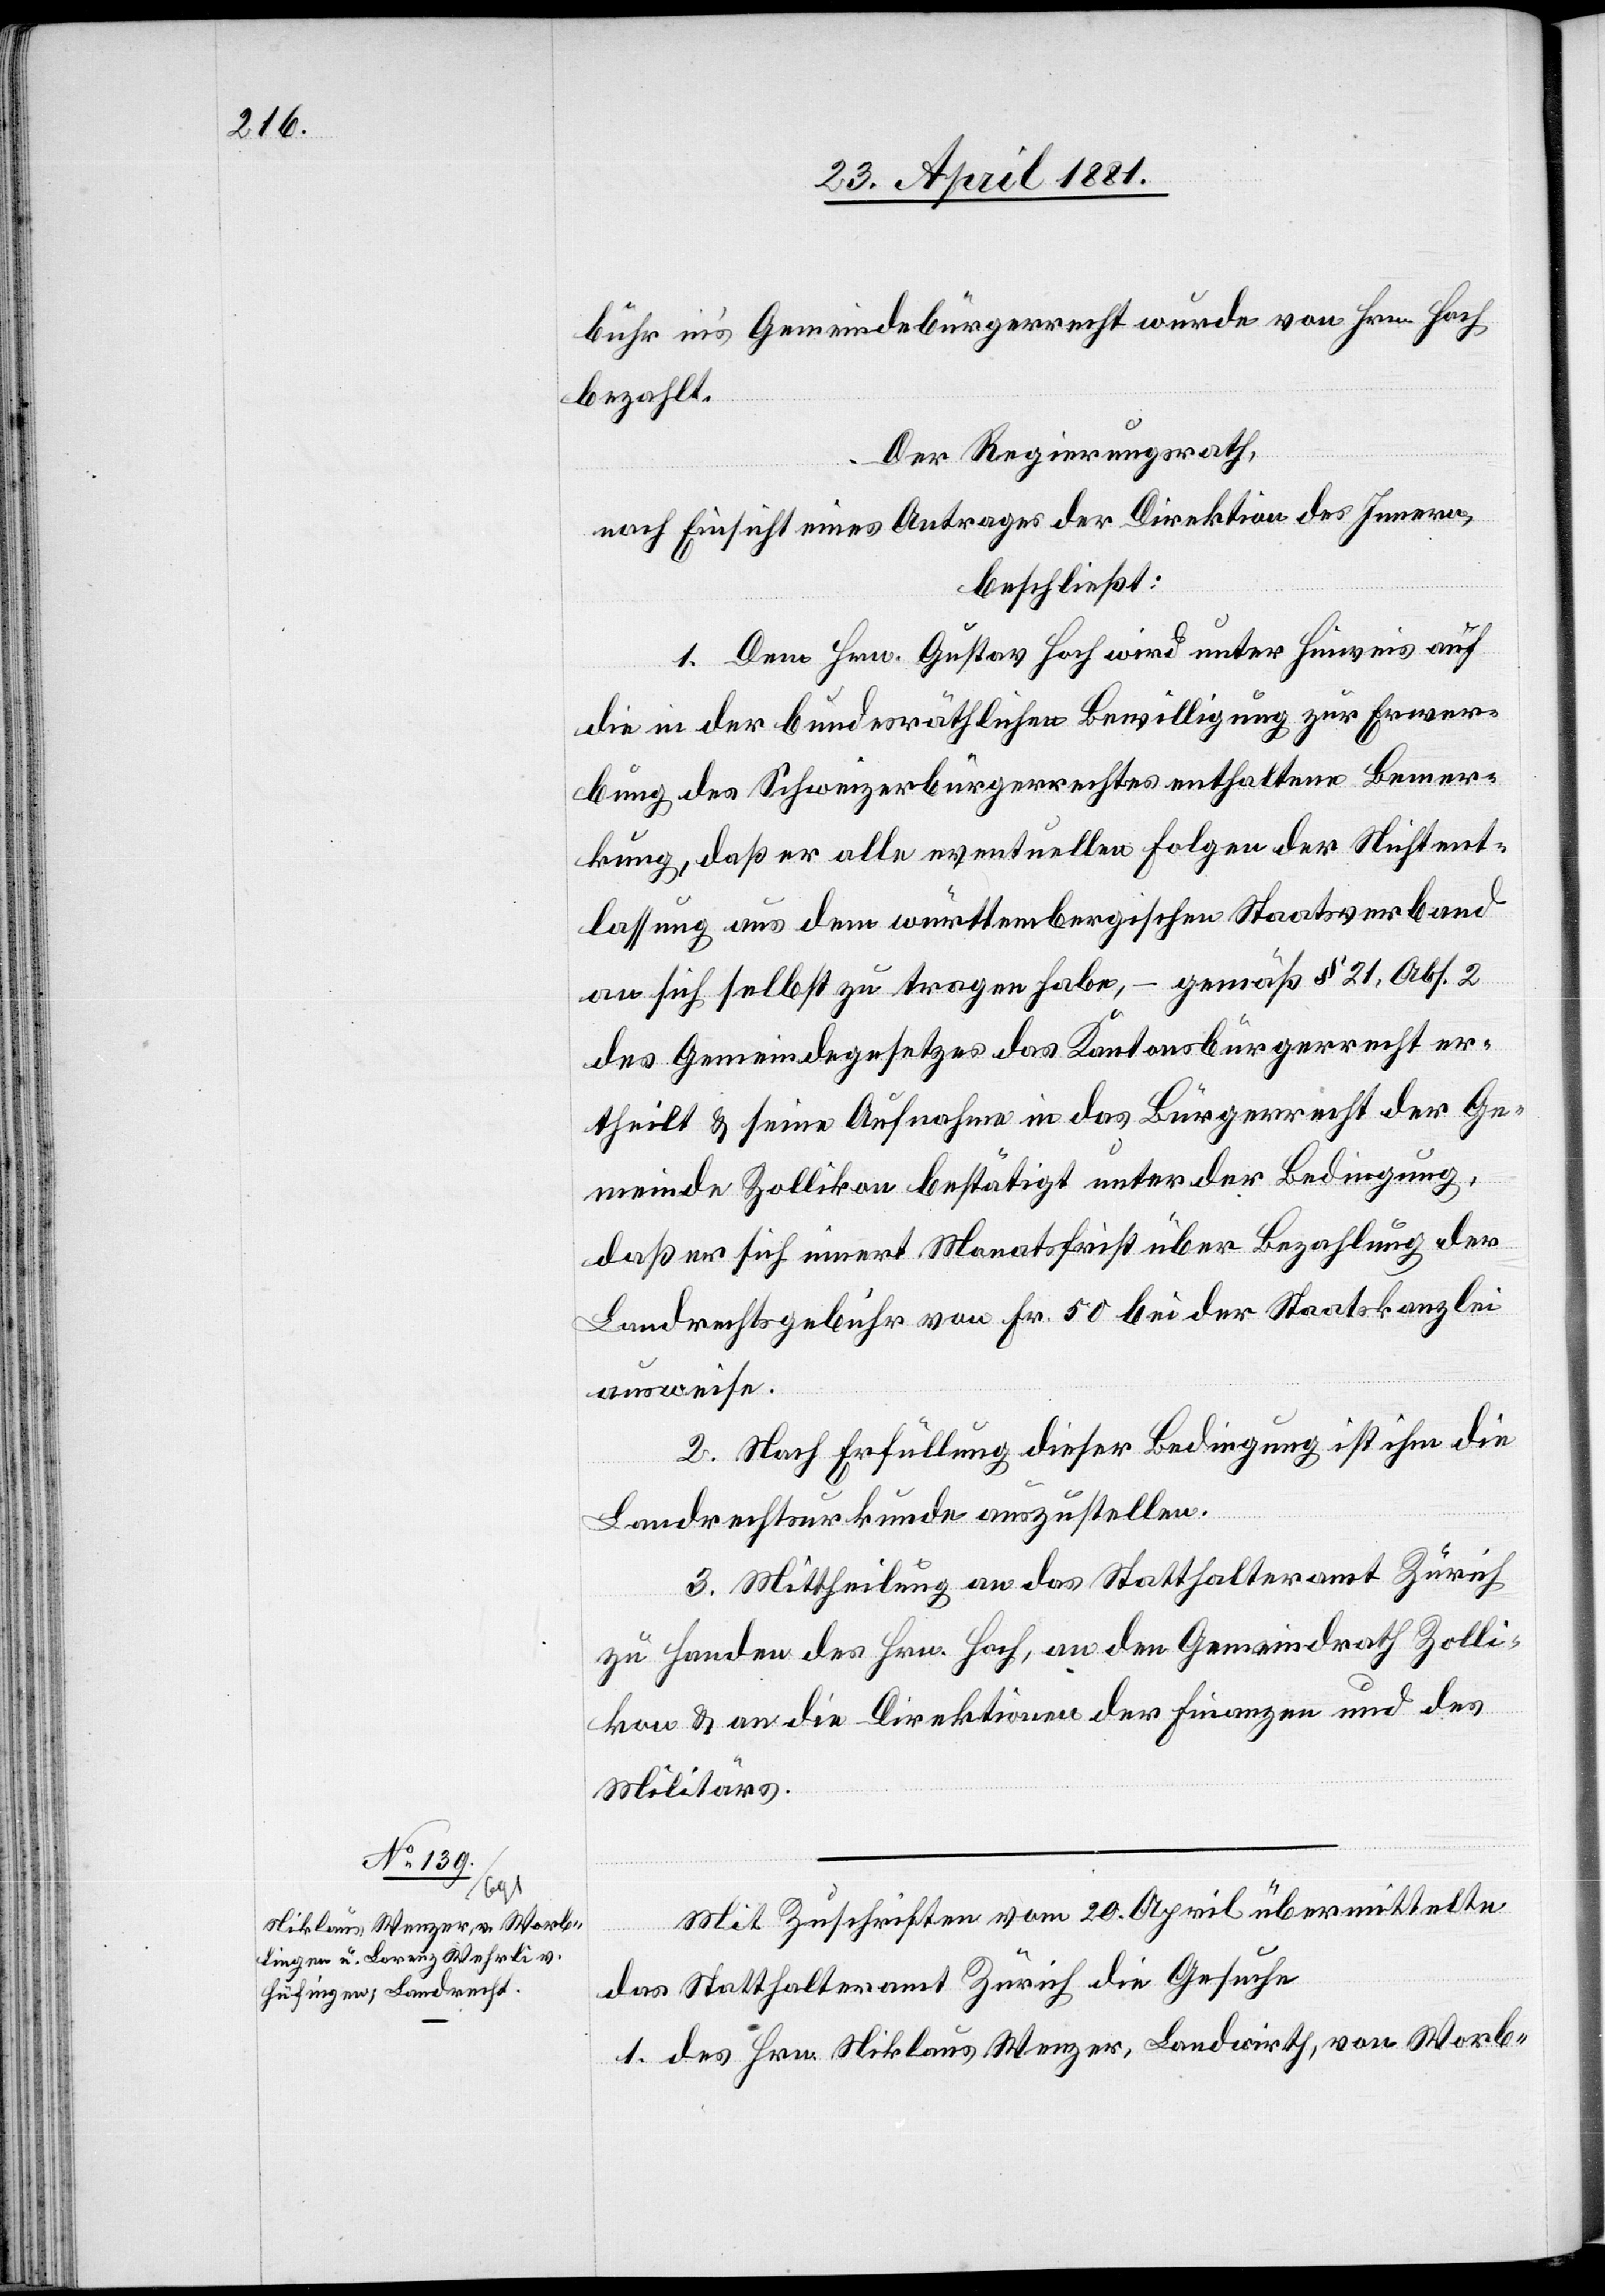
bühr ins Gemeindebürgerrecht wurde von Hrn. Hoch
bezahlt.
Der Regierungsrath,
nach Einsicht eines Antrages der Direktion des Innern,
beschließt:
1. Dem Hrn. Gustav Hoch wird unter Hinweis auf
die in der bundesräthlichen Bewilligung zur Erwer¬
bung des Schweizerbürgerrechtes enthaltene Bemer¬
kung, daß er alle eventuellen Folgen der Nichtent¬
lassung aus dem württembergischen Staatsverbund
an sich selbst zu tragen habe, – gemäß § 21, Abs. 2
des Gemeindegesetzes das Kantonsbürgerrecht er¬
theilt & seine Aufnahme in das Bürgerrecht der Ge¬
meinde Zollikon bestätigt unter der Bedingung,
daß er sich innert Monatsfrist über Bezahlung der
Landrechtsgebühr von Fr. 50 bei der Staatskanzlei
ausweise.
2. Nach Erfüllung dieser Bedingung ist ihm die
Landrechtsurkunde auszustellen.
3. Mittheilung an das Statthalteramt Zürich
zu Handen des Hrn. Hoch, an den Gemeindrath Zolli¬
kon & an die Direktionen der Finanzen und des
Militärs.
Mit Zuschriften vom 20. April übermittelte
das Statthalteramt Zürich die Gesuche
1. des Hrn. Niklaus Wenzer, Landwirth, von Worb-